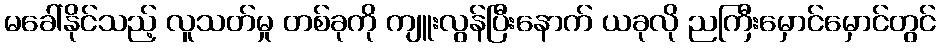
မခေါ်နိုင်သည့် လူသတ်မှု တစ်ခုကို ကျူးလွန်ပြီးနောက် ယခုလို ညကြီးမှောင်မှောင်တွင်